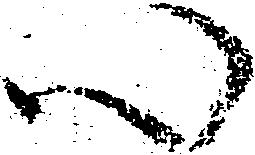
心